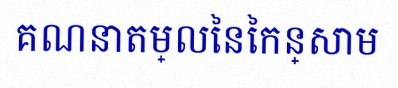
គណនាតម្លៃនៃកន្សោម